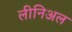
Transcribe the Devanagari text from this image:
लीनिअल